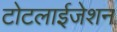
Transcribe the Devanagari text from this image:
टोटलाईजेशन